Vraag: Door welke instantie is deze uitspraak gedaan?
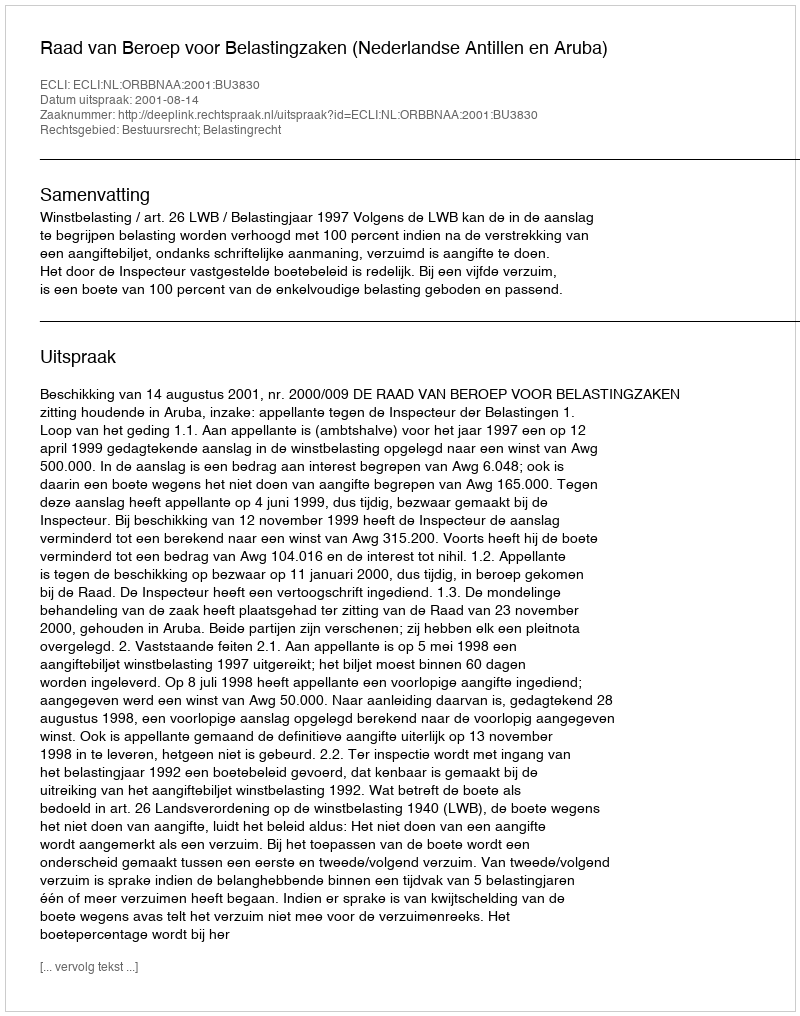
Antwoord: Raad van Beroep voor Belastingzaken (Nederlandse Antillen en Aruba)